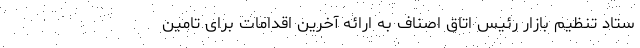
ستاد تنظیم بازار رئیس اتاق اصناف به ارائه آخرین اقدامات برای تامین